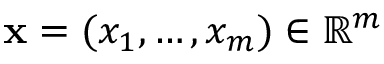
\mathbf { x } = ( x _ { 1 } , \hdots , x _ { m } ) \in \mathbb { R } ^ { m }